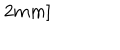
2 m m ]